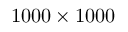
1 0 0 0 \times 1 0 0 0